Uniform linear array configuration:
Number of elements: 64
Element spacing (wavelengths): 0.25
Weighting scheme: cosine
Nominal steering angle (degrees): -60
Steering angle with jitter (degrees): -58.63
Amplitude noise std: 0.05
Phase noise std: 0.05

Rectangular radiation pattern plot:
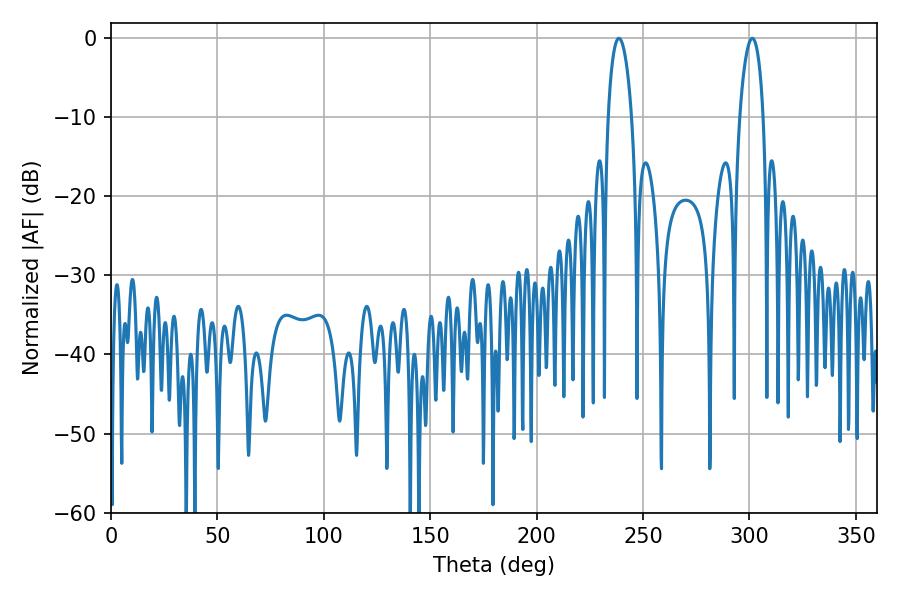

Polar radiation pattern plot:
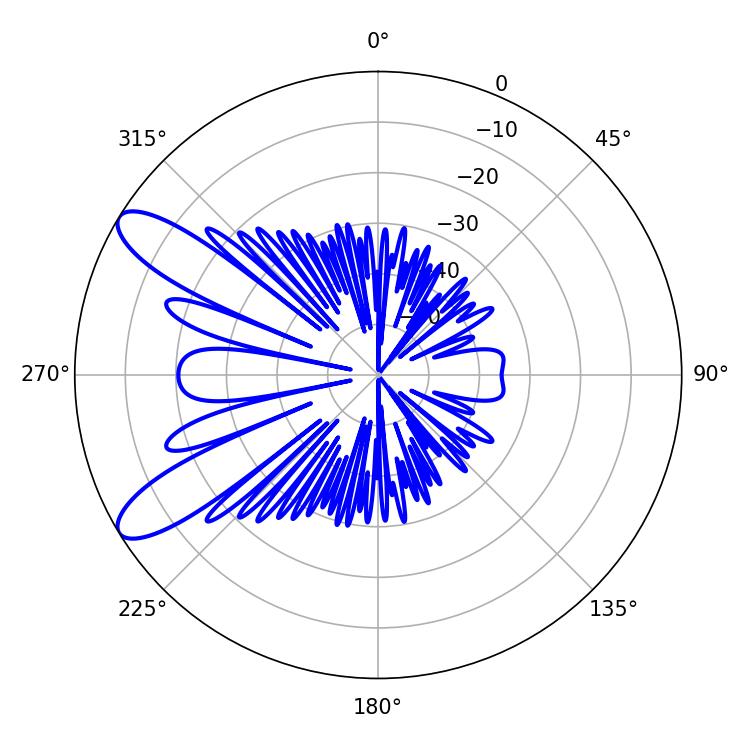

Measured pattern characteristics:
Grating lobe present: FALSE
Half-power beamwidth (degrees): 6.3
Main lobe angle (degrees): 238.68